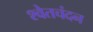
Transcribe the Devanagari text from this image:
श्‍वेतचंदन